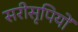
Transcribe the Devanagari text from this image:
सरीसृपियों